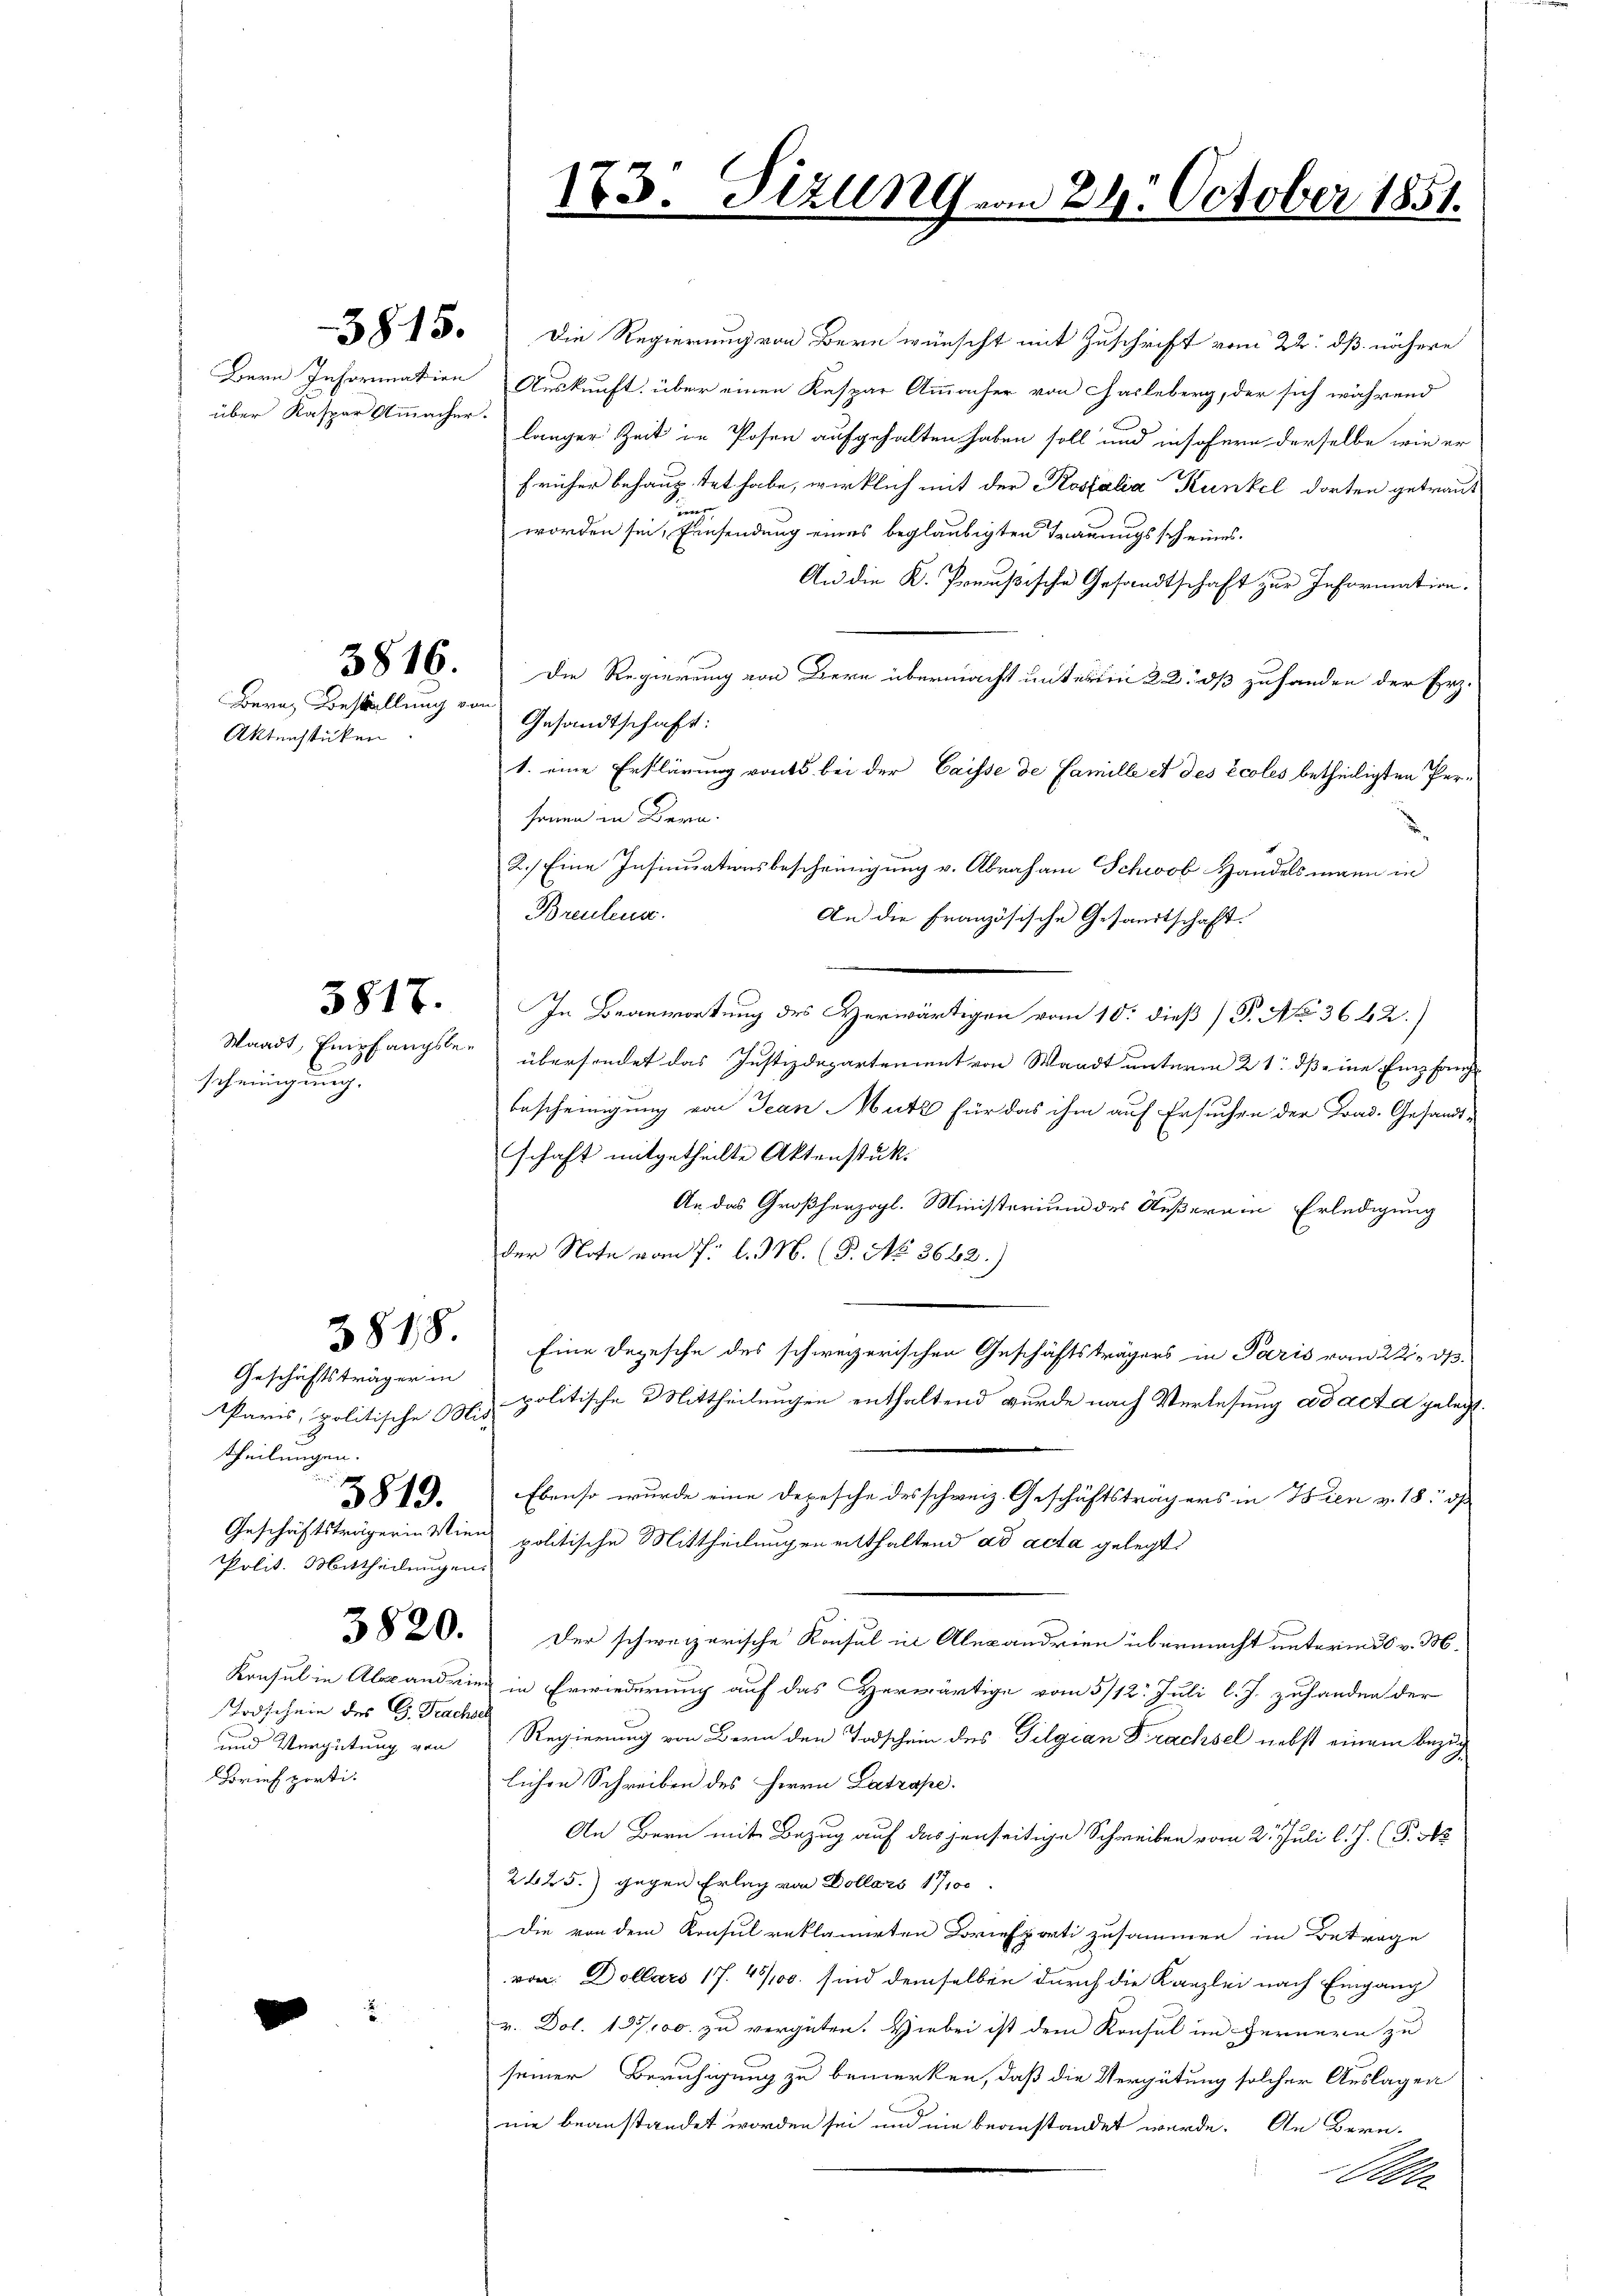
Bern Information
über Kaspar Ammacher.

3815.

3816.

Berat Bestellung von
Aktensstücken.

Waadt, Empfangsbescheinigung.

3817.

3818.
Geschäftsträger in
Paris, politische Mit-
theilungen.
3819.
Geschäftsträgerin Wien
Polit. Mittheilungen.

3820.

Todschein des G. Trachsel
und Vergütung von
Briefporti-

Die Regierung von Bern wünscht mit Zuschrift vom 22. dß nähere
Auskunft über einen Kaspar Ammacher von Hasleberg, der sich während
langer Zeit in Posen aufgehalten haben soll und insofern derselbe wie er
früher behauptet habe, wirklich mit der Kossalia Kunkel dorten getraut
e
worden sei, Einsendung eines beglaubigten Trauungsscheines
An die K. Preußische Gesandtschaft zur Information.
Die Regierung von Bern übermacht unterm 22. ds zuhanden der Erz¬
Gesandtschaft:
1. eine Erklärung vonts bei der Caisse de Famille et des Ecoles betheiligten Persenen in Bern.
2.) Eine Insinuationsbescheinigung v. Abraham Schwob Handelsmann in
Breutena
An die Französische Gesandtschaft.
In Beanwortung des Herwärtigen vom 10. dieß (S. No. 3642)
übersondet das Justizdepartement von Waadt unterm 21. ds eine Empfang
bescheinigung von Jean Mutz für das ihm auf Ersuchen der Trad. Gesandtschaft mitgetheilte Aktenstük¬
An das Großherzogl. Ministerium des Außerein Erledigung
der Note vom 7. l. M. (P. No. 3662.)
Eine Depesche des schweizerischen Geschäftsträgers in Paris vom 22. ds.
politische Mittheilungen enthaltend wurde nach Verlesung ad acta gelegt.
Ebenso wurde eine Depesche des schweiz. Geschäftsträgers in Wien v. 18. d
politische Mittheilungeneitthaltend ad acta gelegt.
Der schweizerische Konsul in Alexandrien übermacht unterm 30 v. M.
Konsul in Alexandring in Erwiederung auf das Herwärtige vom 5/12. Juli l. J. zuhanden der
Regierung von Bern den Todschein des Tilgian Trachsel nebst einem Bezug
lichen Schreiben des Herrn Latrape
An Bern mit Bezug auf das jenseitige Schreiben vom 2. Juli l. J. (T. N
2425.) gegen Erlag von Dollars 17100
Die von dem Konsul reklamirten Briefporti zusammen im Betrage
von Dollars 17. 4500. sind demselben durch die Kanzlei nach Eingang
v. Dol. 137,100. zu vergüten. Hiebei ist dem Konsul im Fernern zu
seiner Beruhigung zu bemerken, daß die Vergütung solcher Auslagen
nie beanstandet worden sei und nie beanstandet werde. An Bern-
Ulr.

173. Sizung.
e

am 28. October 1851.